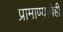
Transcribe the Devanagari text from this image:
प्रामाण्याचेही